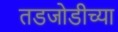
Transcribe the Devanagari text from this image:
तडजोडीच्या